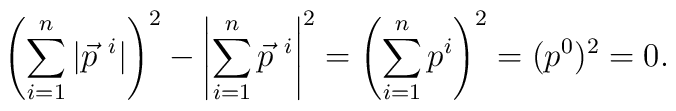
\left( \sum_{i=1}^n |\vec{p}^{\ i}| \right)^2 -   \left| \sum_{i=1}^n \vec{p}^{\ i} \right|^2 =   \left( \sum_{i=1}^n p^i \right)^2 =(p^0)^2= 0 .